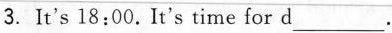
3.It's 18:00.It's time for d ___.